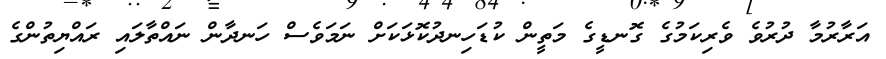
އަރާރުމާ ދުރުވެ ވެރިކަމުގެ ގޮނޑީގެ މަތީން ކުޑަހިނދުކޮޅަކަށް ނަމަވެސް ހަނދާން ނައްތާލައި ރައްޔިތުންގެ